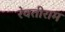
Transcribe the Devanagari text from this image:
रेवतीराम